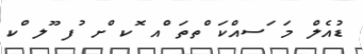
ޑުއެލް މަ ަސއްކަ ްތތަ ްއ ޮކ ްށ ުފ ޫލ ްކ